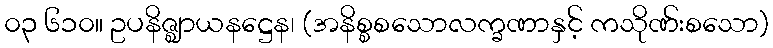
၀၃ ၆၁၀။ ဥပနိဇ္ဈာယနဋ္ဌေန၊ (အနိစ္စစသောလက္ခဏာနှင့် ကသိုဏ်းစသော)